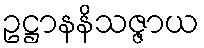
ဥဋ္ဌာနနိသဇ္ဇာယ